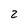
Character: 2